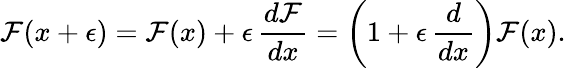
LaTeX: \mathcal{F}(x+\epsilon)=\mathcal{F}(x)+\epsilon\, {\frac{{d\mathcal{F}}}{{dx}}}=\left(1+\epsilon\, {\frac{{d}}{{dx}}}\right)\mathcal{F}(x).